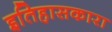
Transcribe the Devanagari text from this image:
इतिहासकारा